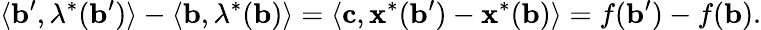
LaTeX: \langle\mathbf{b}^{\prime},\mathbf{\lambda}^{*}(\mathbf{b}^{\prime})\rangle-\langle\mathbf{b},\mathbf{\lambda}^{*}(\mathbf{b})\rangle=\langle\mathbf{c},\mathbf{x}^{*}(\mathbf{b}^{\prime})-\mathbf{x}^{*}(\mathbf{b})\rangle=f(\mathbf{b}^{\prime})-f(\mathbf{b}).